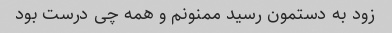
زود به دستمون رسید ممنونم و همه چی درست بود